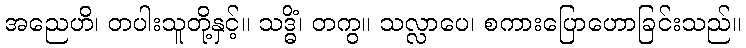
အညေဟိ၊ တပါးသူတို့နှင့်။ သဒ္ဓိံ၊ တကွ။ သလ္လာပေ၊ စကားပြောဟောခြင်းသည်။